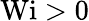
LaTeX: \textrm{Wi}>0